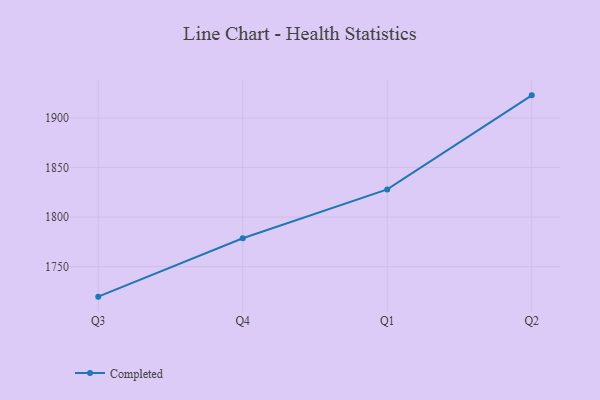
{"axis": {"x": "Quarter", "y": "Market Share (%)"}, "legend": ["Completed"], "data": [{"x": "Q3", "y": 1719.7, "type": "Completed"}, {"x": "Q4", "y": 1778.6, "type": "Completed"}, {"x": "Q1", "y": 1827.9, "type": "Completed"}, {"x": "Q2", "y": 1922.8, "type": "Completed"}]}